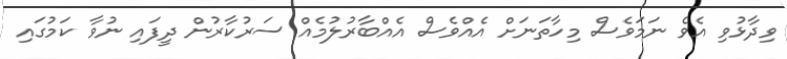
ވިދާޅުވި އެވެ ނަމަވެސް މިހާތަނަށް އެއްވެސް އެއްބާރުލުމެއް ސަރުކާރުން ދީފައި ނުވާ ކަމުގައި